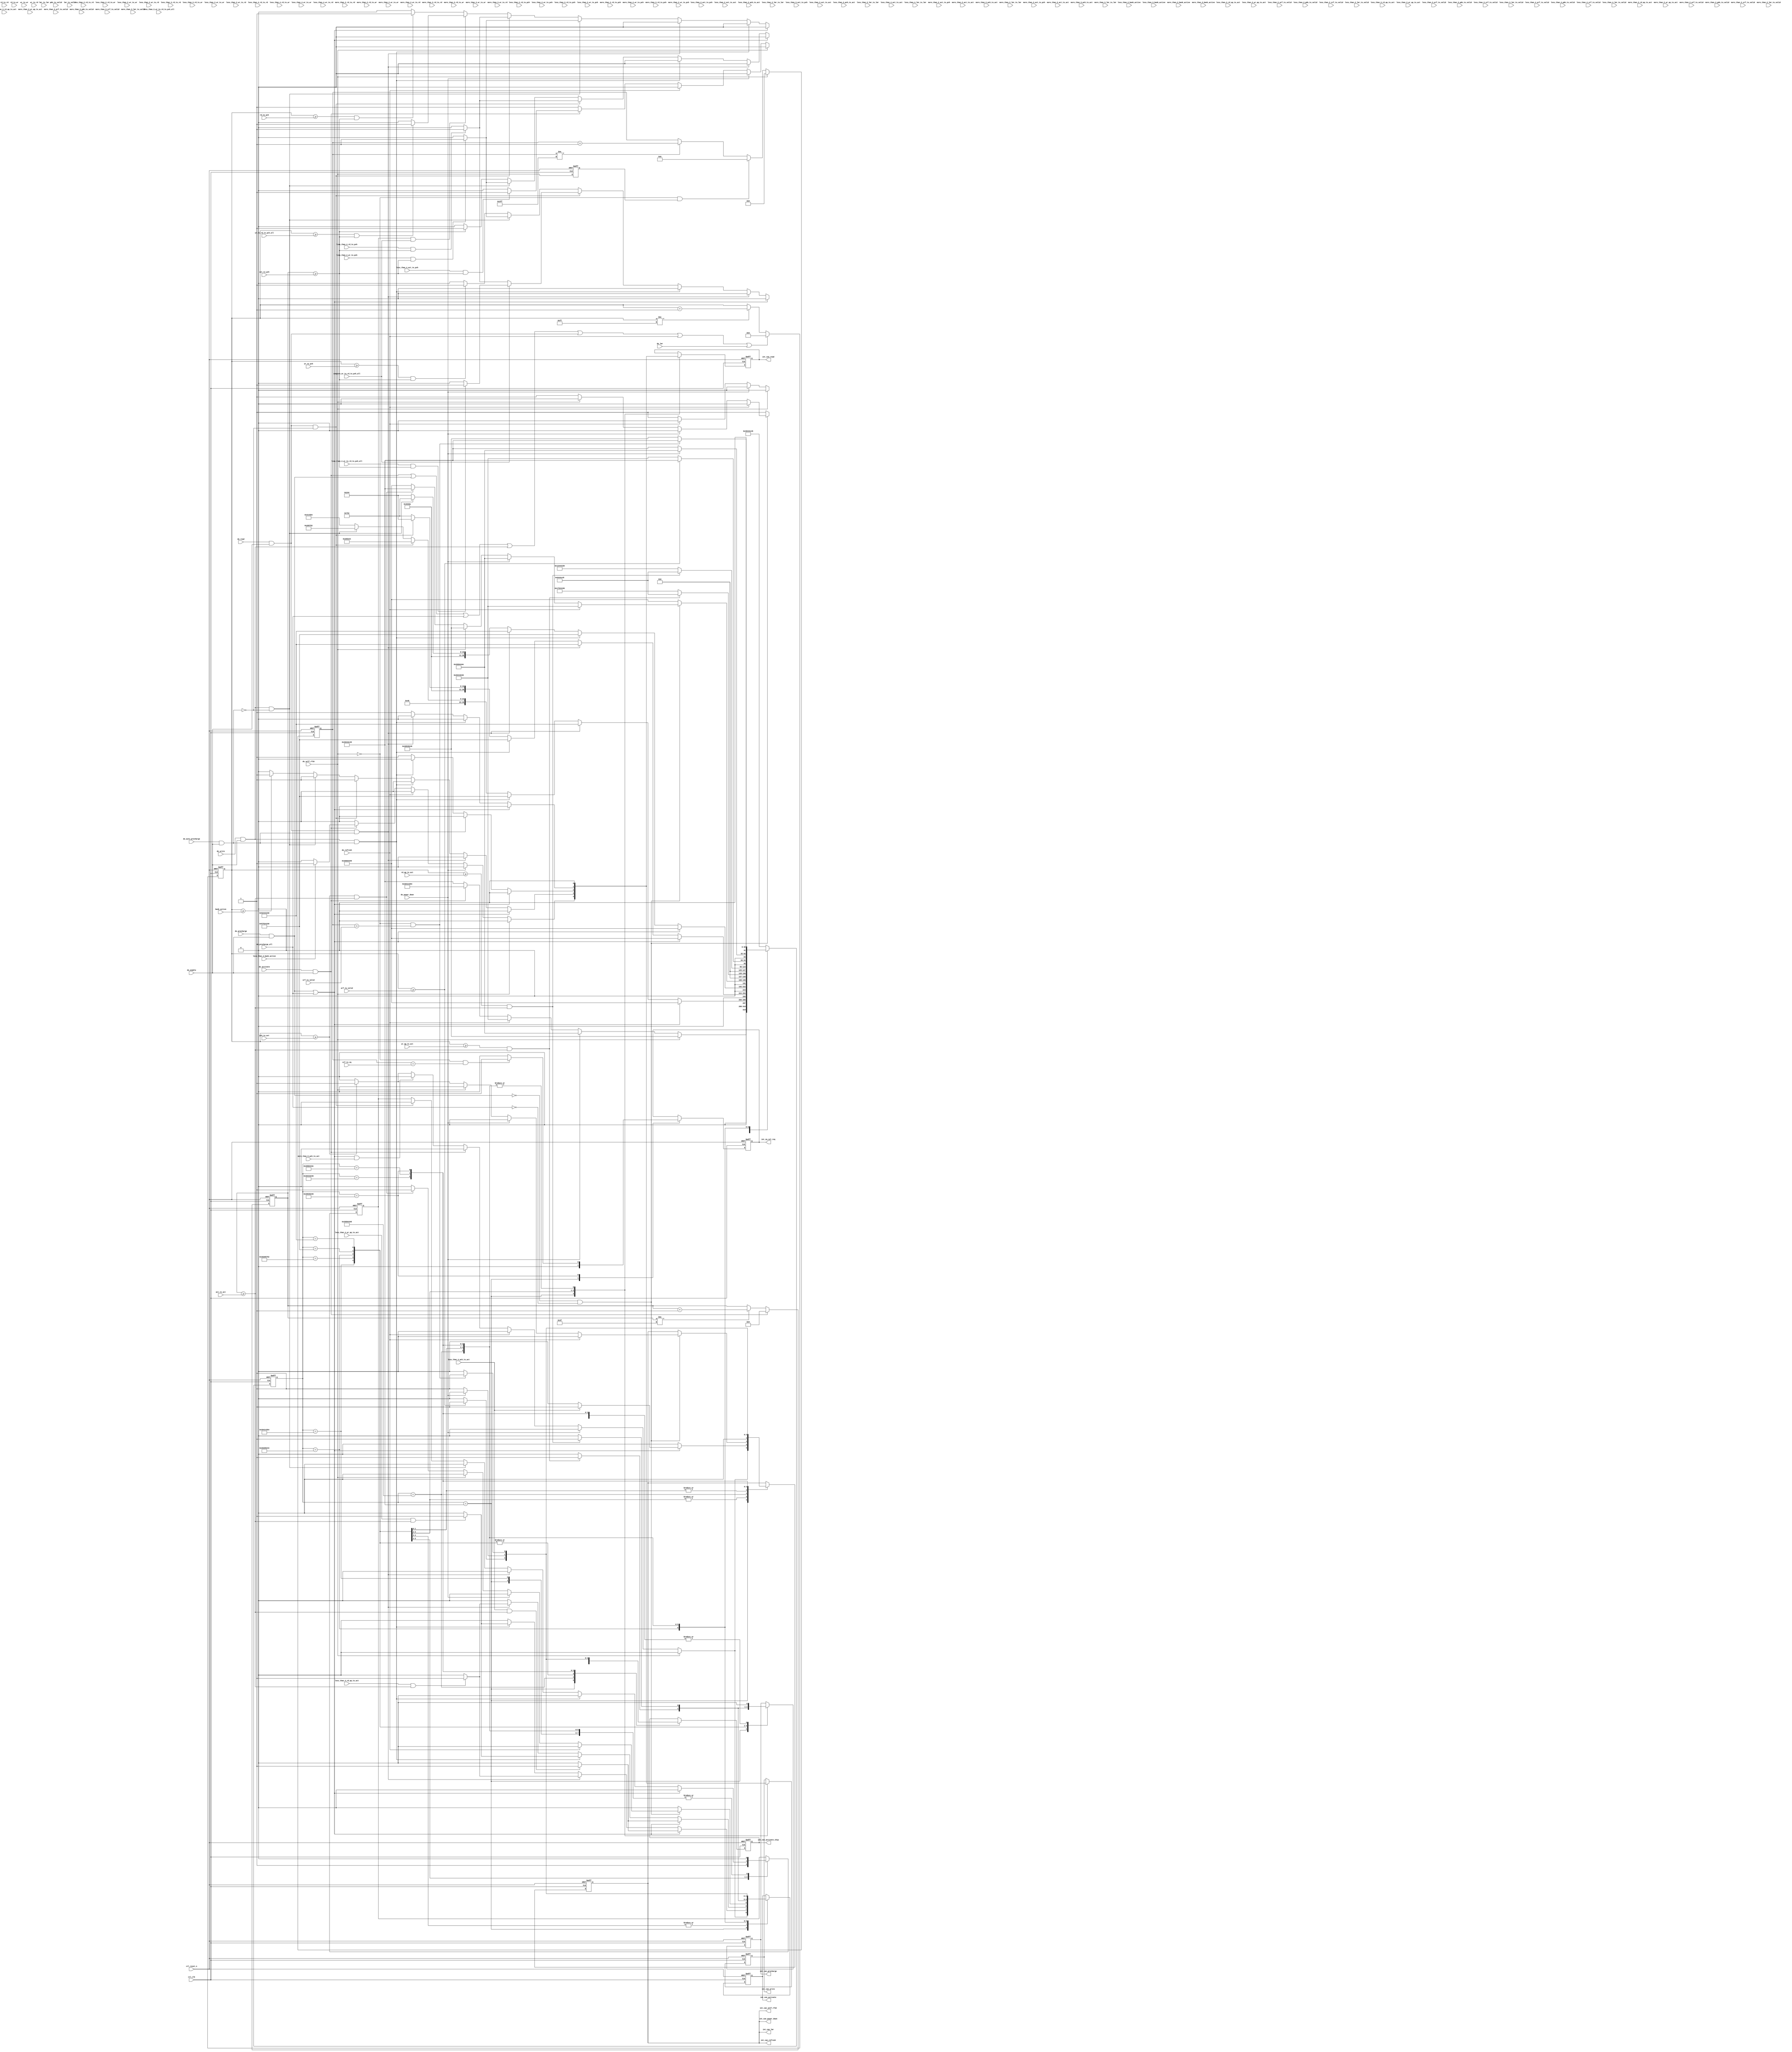
//Legal Notice: (C)2009 Altera Corporation. All rights reserved.  Your
//use of Altera Corporation's design tools, logic functions and other
//software and tools, and its AMPP partner logic functions, and any
//output files any of the foregoing (including device programming or
//simulation files), and any associated documentation or information are
//expressly subject to the terms and conditions of the Altera Program
//License Subscription Agreement or other applicable license agreement,
//including, without limitation, that your use is for the sole purpose
//of programming logic devices manufactured by Altera and sold by Altera
//or its authorized distributors.  Please refer to the applicable
//agreement for further details.

///////////////////////////////////////////////////////////////////////////////
// Title         : DDR controller Timer FSM
//
//
// Abstract      : Keep track of bank specific DDR timing information
///////////////////////////////////////////////////////////////////////////////

`timescale 1 ps / 1 ps
module alt_ddrx_timers_fsm #
    ( parameter
        BANK_ACTIVATE_WIDTH        = 10,
        ACT_TO_PCH_WIDTH           = 10,
        ACT_TO_ACT_WIDTH           = 10,
        RD_TO_RD_WIDTH             = 10,
        RD_TO_WR_WIDTH             = 10,
        RD_TO_PCH_WIDTH            = 10,
        WR_TO_WR_WIDTH             = 10,
        WR_TO_RD_WIDTH             = 10,
        WR_TO_PCH_WIDTH            = 10,
        PCH_TO_ACT_WIDTH           = 10,
        RD_AP_TO_ACT_WIDTH         = 10,
        WR_AP_TO_ACT_WIDTH         = 10,
        ARF_TO_VALID_WIDTH         = 10,
        PDN_TO_VALID_WIDTH         = 10,
        SRF_TO_VALID_WIDTH         = 10,
        LMR_TO_LMR_WIDTH           = 10,
        LMR_TO_VALID_WIDTH         = 10
    )
    (
        // inputs
        ctl_clk,
        ctl_reset_n,
        
        do_write,
        do_read,
        do_activate,
        do_precharge,
        do_auto_precharge,
        do_precharge_all,
        do_refresh,
        do_power_down,
        do_self_rfsh,
        do_lmr,
        
        do_enable,
        
        bank_active,
        act_to_pch,
        act_to_act,
        rd_to_rd,
        rd_to_wr,
        rd_to_pch,
        wr_to_wr,
        wr_to_rd,
        wr_to_pch,
        wr_to_rd_to_pch_all,
        pch_to_act,
        rd_ap_to_act,
        wr_ap_to_act,
        arf_to_valid,
        pdn_to_valid,
        srf_to_valid,
        srf_to_zq,
        lmr_to_lmr,
        lmr_to_valid,
        
        less_than_2_bank_active,
        less_than_2_act_to_pch,
        less_than_2_act_to_act,
        less_than_2_rd_to_rd,
        less_than_2_rd_to_wr,
        less_than_2_rd_to_pch,
        less_than_2_wr_to_wr,
        less_than_2_wr_to_rd,
        less_than_2_wr_to_pch,
        less_than_2_pch_to_act,
        less_than_2_rd_ap_to_act,
        less_than_2_wr_ap_to_act,
        less_than_2_arf_to_valid,
        less_than_2_pdn_to_valid,
        less_than_2_srf_to_valid,
        less_than_2_lmr_to_lmr,
        less_than_2_lmr_to_valid,
        
        less_than_3_bank_active,
        less_than_3_act_to_pch,
        less_than_3_act_to_act,
        less_than_3_rd_to_rd,
        less_than_3_rd_to_wr,
        less_than_3_rd_to_pch,
        less_than_3_wr_to_wr,
        less_than_3_wr_to_rd,
        less_than_3_wr_to_pch,
        less_than_3_wr_to_rd_to_pch_all,
        less_than_3_pch_to_act,
        less_than_3_rd_ap_to_act,
        less_than_3_wr_ap_to_act,
        less_than_3_arf_to_valid,
        less_than_3_pdn_to_valid,
        less_than_3_srf_to_valid,
        less_than_3_lmr_to_lmr,
        less_than_3_lmr_to_valid,
        
        less_than_4_bank_active,
        less_than_4_act_to_pch,
        less_than_4_act_to_act,
        less_than_4_rd_to_rd,
        less_than_4_rd_to_wr,
        less_than_4_rd_to_pch,
        less_than_4_wr_to_wr,
        less_than_4_wr_to_rd,
        less_than_4_wr_to_pch,
        less_than_4_wr_to_rd_to_pch_all,
        less_than_4_pch_to_act,
        less_than_4_rd_ap_to_act,
        less_than_4_wr_ap_to_act,
        less_than_4_arf_to_valid,
        less_than_4_pdn_to_valid,
        less_than_4_srf_to_valid,
        less_than_4_lmr_to_lmr,
        less_than_4_lmr_to_valid,
        
        more_than_2_bank_active,
        more_than_2_act_to_pch,
        more_than_2_act_to_act,
        more_than_2_rd_to_rd,
        more_than_2_rd_to_wr,
        more_than_2_rd_to_pch,
        more_than_2_wr_to_wr,
        more_than_2_wr_to_rd,
        more_than_2_wr_to_pch,
        more_than_2_pch_to_act,
        more_than_2_rd_ap_to_act,
        more_than_2_wr_ap_to_act,
        more_than_2_arf_to_valid,
        more_than_2_pdn_to_valid,
        more_than_2_srf_to_valid,
        more_than_2_lmr_to_lmr,
        more_than_2_lmr_to_valid,
        
        more_than_3_bank_active,
        more_than_3_act_to_pch,
        more_than_3_act_to_act,
        more_than_3_rd_to_rd,
        more_than_3_rd_to_wr,
        more_than_3_rd_to_pch,
        more_than_3_wr_to_wr,
        more_than_3_wr_to_rd,
        more_than_3_wr_to_pch,
        more_than_3_pch_to_act,
        more_than_3_rd_ap_to_act,
        more_than_3_wr_ap_to_act,
        more_than_3_arf_to_valid,
        more_than_3_pdn_to_valid,
        more_than_3_srf_to_valid,
        more_than_3_lmr_to_lmr,
        more_than_3_lmr_to_valid,
        
        more_than_5_pch_to_act,
        
        compare_wr_to_rd_to_pch_all,
        
        // outputs
        int_can_activate,
        int_can_activate_chip,
        int_can_precharge,
        int_can_read,
        int_can_write,
        int_can_refresh,
        int_can_power_down,
        int_can_self_rfsh,
        int_can_lmr,
        int_zq_cal_req
    );

input ctl_clk;
input ctl_reset_n;

input do_write;
input do_read;
input do_activate;
input do_precharge;
input do_auto_precharge;
input do_precharge_all;
input do_refresh;
input do_power_down;
input do_self_rfsh;
input do_lmr;

input do_enable;

input [BANK_ACTIVATE_WIDTH - 1 : 0] bank_active;
input [ACT_TO_PCH_WIDTH    - 1 : 0] act_to_pch;
input [ACT_TO_ACT_WIDTH    - 1 : 0] act_to_act;
input [RD_TO_RD_WIDTH      - 1 : 0] rd_to_rd;
input [RD_TO_WR_WIDTH      - 1 : 0] rd_to_wr;
input [RD_TO_PCH_WIDTH     - 1 : 0] rd_to_pch;
input [WR_TO_WR_WIDTH      - 1 : 0] wr_to_wr;
input [WR_TO_RD_WIDTH      - 1 : 0] wr_to_rd;
input [WR_TO_PCH_WIDTH     - 1 : 0] wr_to_pch;
input [WR_TO_PCH_WIDTH     - 1 : 0] wr_to_rd_to_pch_all;
input [PCH_TO_ACT_WIDTH    - 1 : 0] pch_to_act;
input [RD_AP_TO_ACT_WIDTH  - 1 : 0] rd_ap_to_act;
input [WR_AP_TO_ACT_WIDTH  - 1 : 0] wr_ap_to_act;
input [ARF_TO_VALID_WIDTH  - 1 : 0] arf_to_valid;
input [PDN_TO_VALID_WIDTH  - 1 : 0] pdn_to_valid;
input [SRF_TO_VALID_WIDTH  - 1 : 0] srf_to_valid;
input [SRF_TO_VALID_WIDTH  - 1 : 0] srf_to_zq;
input [LMR_TO_LMR_WIDTH    - 1 : 0] lmr_to_lmr;
input [LMR_TO_VALID_WIDTH  - 1 : 0] lmr_to_valid;

input less_than_2_bank_active;
input less_than_2_act_to_pch;
input less_than_2_act_to_act;
input less_than_2_rd_to_rd;
input less_than_2_rd_to_wr;
input less_than_2_rd_to_pch;
input less_than_2_wr_to_wr;
input less_than_2_wr_to_rd;
input less_than_2_wr_to_pch;
input less_than_2_pch_to_act;
input less_than_2_rd_ap_to_act;
input less_than_2_wr_ap_to_act;
input less_than_2_arf_to_valid;
input less_than_2_pdn_to_valid;
input less_than_2_srf_to_valid;
input less_than_2_lmr_to_lmr;
input less_than_2_lmr_to_valid;

input less_than_3_bank_active;
input less_than_3_act_to_pch;
input less_than_3_act_to_act;
input less_than_3_rd_to_rd;
input less_than_3_rd_to_wr;
input less_than_3_rd_to_pch;
input less_than_3_wr_to_wr;
input less_than_3_wr_to_rd;
input less_than_3_wr_to_pch;
input less_than_3_wr_to_rd_to_pch_all;
input less_than_3_pch_to_act;
input less_than_3_rd_ap_to_act;
input less_than_3_wr_ap_to_act;
input less_than_3_arf_to_valid;
input less_than_3_pdn_to_valid;
input less_than_3_srf_to_valid;
input less_than_3_lmr_to_lmr;
input less_than_3_lmr_to_valid;

input less_than_4_bank_active;
input less_than_4_act_to_pch;
input less_than_4_act_to_act;
input less_than_4_rd_to_rd;
input less_than_4_rd_to_wr;
input less_than_4_rd_to_pch;
input less_than_4_wr_to_wr;
input less_than_4_wr_to_rd;
input less_than_4_wr_to_pch;
input less_than_4_wr_to_rd_to_pch_all;
input less_than_4_pch_to_act;
input less_than_4_rd_ap_to_act;
input less_than_4_wr_ap_to_act;
input less_than_4_arf_to_valid;
input less_than_4_pdn_to_valid;
input less_than_4_srf_to_valid;
input less_than_4_lmr_to_lmr;
input less_than_4_lmr_to_valid;

input more_than_2_bank_active;
input more_than_2_act_to_pch;
input more_than_2_act_to_act;
input more_than_2_rd_to_rd;
input more_than_2_rd_to_wr;
input more_than_2_rd_to_pch;
input more_than_2_wr_to_wr;
input more_than_2_wr_to_rd;
input more_than_2_wr_to_pch;
input more_than_2_pch_to_act;
input more_than_2_rd_ap_to_act;
input more_than_2_wr_ap_to_act;
input more_than_2_arf_to_valid;
input more_than_2_pdn_to_valid;
input more_than_2_srf_to_valid;
input more_than_2_lmr_to_lmr;
input more_than_2_lmr_to_valid;

input more_than_3_bank_active;
input more_than_3_act_to_pch;
input more_than_3_act_to_act;
input more_than_3_rd_to_rd;
input more_than_3_rd_to_wr;
input more_than_3_rd_to_pch;
input more_than_3_wr_to_wr;
input more_than_3_wr_to_rd;
input more_than_3_wr_to_pch;
input more_than_3_pch_to_act;
input more_than_3_rd_ap_to_act;
input more_than_3_wr_ap_to_act;
input more_than_3_arf_to_valid;
input more_than_3_pdn_to_valid;
input more_than_3_srf_to_valid;
input more_than_3_lmr_to_lmr;
input more_than_3_lmr_to_valid;

input more_than_5_pch_to_act;

input compare_wr_to_rd_to_pch_all;

output int_can_activate;
output int_can_activate_chip;
output int_can_precharge;
output int_can_read;
output int_can_write;
output int_can_refresh;
output int_can_power_down;
output int_can_self_rfsh;
output int_can_lmr;
output int_zq_cal_req;

localparam IDLE  = 32'h49444C45;
localparam ACT   = 32'h20414354;
localparam WR    = 32'h20205752;
localparam RD    = 32'h20205244;
localparam WRAP  = 32'h57524150;
localparam RDAP  = 32'h52444150;
localparam PCH   = 32'h20504348;
localparam ARF   = 32'h20415246;
localparam PDN   = 32'h2050444E;
localparam SRF   = 32'h20535246;
localparam LMR   = 32'h204C4D52;

localparam GENERAL_COUNTER_BIT = 8;   // 1-140? (ARF)
localparam TRC_COUNTER_BIT     = 6;   // 8-40
localparam TRAS_COUNTER_BIT    = 5;   // 4-29
localparam EXIT_COUNTER_BIT    = 10;  // 512/200 (DDR3/2)

reg [31 : 0] state;
//reg [31 : 0] prev_state;

reg did_write;

reg int_do_write;
reg int_do_read;
reg int_do_activate;
reg int_do_precharge;
reg int_do_auto_precharge;
reg int_do_precharge_all;
reg int_do_refresh;
reg int_do_power_down;
reg int_do_self_rfsh;
reg int_do_lmr;

reg int_can_activate;
reg int_can_precharge;
reg int_can_read;
reg int_can_write;
reg int_can_refresh;
reg int_can_power_down;
reg int_can_self_rfsh;
reg int_can_lmr;
reg int_zq_cal_req;

reg int_do_self_rfsh_r1;

reg [GENERAL_COUNTER_BIT - 1 : 0] cnt;
reg [TRC_COUNTER_BIT - 1 : 0]     trc_cnt;
reg [TRAS_COUNTER_BIT - 1 : 0]    tras_cnt;
reg [EXIT_COUNTER_BIT - 1 : 0]    exit_cnt;

reg read_ok;
reg write_ok;
reg activate_ok;
reg precharge_ok;
reg chip_request_ok;
reg chip_activate_ok;
reg zq_cal_req;

wire int_can_activate_chip = chip_activate_ok;

always @ (*)
begin
    int_do_write          = do_write          & do_enable ;
    int_do_read           = do_read           & do_enable ;
    int_do_activate       = do_activate       & do_enable ;
    int_do_precharge      = do_precharge      & do_enable ;
    int_do_auto_precharge = do_auto_precharge & do_enable ;
    int_do_precharge_all  = do_precharge_all              ;
    int_do_refresh        = do_refresh                    ;
    int_do_power_down     = do_power_down                 ;
    int_do_self_rfsh      = do_self_rfsh                  ;
    int_do_lmr            = do_lmr                        ;
end

always @ (*)
begin
    int_can_activate    = activate_ok;
    int_can_precharge   = precharge_ok;
    int_can_write       = write_ok;
    int_can_read        = read_ok;
    int_can_refresh     = chip_request_ok;
    int_can_self_rfsh   = chip_request_ok;
    int_can_power_down  = chip_request_ok;
    int_can_lmr         = chip_request_ok;
    int_zq_cal_req      = zq_cal_req;
end

// int_do_self_rfsh register
always @ (posedge ctl_clk or negedge ctl_reset_n)
begin
    if (!ctl_reset_n)
    begin
        int_do_self_rfsh_r1 <= 1'b0;
    end
    else
    begin
        int_do_self_rfsh_r1 <= int_do_self_rfsh;
    end
end

/*------------------------------------------------------------------------------
    Counter
------------------------------------------------------------------------------*/

// General counter
always @ (posedge ctl_clk or negedge ctl_reset_n)
begin
    if (!ctl_reset_n)
    begin
        cnt <= 0;
    end
    else
    begin
        if (int_do_activate || int_do_precharge || int_do_precharge_all || int_do_write || int_do_read || int_do_refresh || int_do_lmr)
            //cnt <= 4;
            cnt <= 5;
        else if (cnt != {GENERAL_COUNTER_BIT{1'b1}})
            cnt <= cnt + 1'b1;
    end
end

// tRC counter
always @ (posedge ctl_clk or negedge ctl_reset_n)
begin
    if (!ctl_reset_n)
    begin
        trc_cnt <= 0;
    end
    else
    begin
        if (int_do_activate)
            //trc_cnt <= 4;
            trc_cnt <= 5;
        else if (trc_cnt != {TRC_COUNTER_BIT{1'b1}})
            trc_cnt <= trc_cnt + 1'b1;
    end
end

// Exit counter used for self refresh
always @ (posedge ctl_clk or negedge ctl_reset_n)
begin
    if (!ctl_reset_n)
    begin
        exit_cnt <= 0;
    end
    else
    begin
        if (int_do_self_rfsh)
            exit_cnt <= 0;
        else if (!int_do_self_rfsh && int_do_self_rfsh_r1)
            //exit_cnt <= 5;
            exit_cnt <= 6;
        else if (exit_cnt != {EXIT_COUNTER_BIT{1'b1}})
            exit_cnt <= exit_cnt + 1'b1;
    end
end

/*------------------------------------------------------------------------------
    State Machine
------------------------------------------------------------------------------*/

// Banks state machine
always @ (posedge ctl_clk or negedge ctl_reset_n)
begin
    if (!ctl_reset_n)
    begin
        state            <= IDLE;
        //prev_state       <= IDLE; // to keep track of previous state
        activate_ok      <= 1'b0;
        precharge_ok     <= 1'b0;
        read_ok          <= 1'b0;
        write_ok         <= 1'b0;
        chip_request_ok  <= 1'b0;
        
        // this signal is used to mask off other per bank activate signals in this current chip
        // because only the first bank of each chip is used to keep track of refresh and power down state
        chip_activate_ok <= 1'b1;
        
        zq_cal_req       <= 1'b0;
        
        // this signal is used to keep track of previous write
        // required because of write to read to precharge violation
        // when write to precharge timing is larger than sum of
        // write to read, read to precharge and precharge to valid delay
        did_write        <= 1'b0;
    end
    else
    begin
        case (state)
            IDLE :
                begin
                    state            <= IDLE;
                    precharge_ok     <= 1'b1;
                    read_ok          <= 1'b0;
                    write_ok         <= 1'b0;
                    chip_activate_ok <= 1'b1;
                    
                    zq_cal_req       <= 1'b0;
                    
                    did_write        <= 1'b0;
                    
                    // tRP timing cause by precharge and precharge all in IDLE state
                    // counter will reset when there is a precharge all in IDLE state
                    // set more than 3 because of tRPA in DDR2
                    //if (int_do_precharge_all && more_than_3_pch_to_act)
                    if ((int_do_precharge || int_do_precharge_all) && more_than_5_pch_to_act)
                    begin
                        activate_ok     <= 1'b0;
                        chip_request_ok <= 1'b0;
                    end
                    else if (cnt >= pch_to_act)
                    begin
                        activate_ok     <= 1'b1;
                        chip_request_ok <= 1'b1;
                    end
                    else
                    begin
                        activate_ok     <= 1'b0;
                        chip_request_ok <= 1'b0;
                    end
                    
                    if (int_do_activate)
                    begin
                        state            <= ACT;
                        //prev_state       <= IDLE;
                        activate_ok      <= 1'b0;
                        chip_request_ok  <= 1'b0;
                        chip_activate_ok <= 1'b1;
                        
                        //if (less_than_3_act_to_pch  && trc_cnt >= act_to_pch)
                        if (less_than_4_act_to_pch  && trc_cnt >= act_to_pch)
                            precharge_ok <= 1'b1;
                        else
                            precharge_ok <= 1'b0;
                        
                        //if (less_than_3_bank_active)
                        if (less_than_4_bank_active)
                        begin
                            read_ok  <= 1'b1;
                            write_ok <= 1'b1;
                        end
                        else
                        begin
                            read_ok  <= 1'b0;
                            write_ok <= 1'b0;
                        end
                    end
                    
                    if (int_do_refresh)
                    begin
                        state            <= ARF;
                        //prev_state       <= IDLE;
                        activate_ok      <= 1'b0;
                        precharge_ok     <= 1'b0;
                        read_ok          <= 1'b0;
                        write_ok         <= 1'b0;
                        chip_activate_ok <= 1'b0;
                        
                        chip_request_ok <= 1'b0; // just set to zero because we won't do back-to-back refreshes
                    end
                    
                    if (int_do_power_down)
                    begin
                        state            <= PDN;
                        //prev_state       <= IDLE;
                        activate_ok      <= 1'b0;
                        precharge_ok     <= 1'b0;
                        read_ok          <= 1'b0;
                        write_ok         <= 1'b0;
                        chip_request_ok  <= 1'b0; // just set to zero because we won't do back-to-back power down entry
                        chip_activate_ok <= 1'b0;
                    end
                    
                    if (int_do_self_rfsh)
                    begin
                        state            <= SRF;
                        //prev_state       <= IDLE;
                        activate_ok      <= 1'b0;
                        precharge_ok     <= 1'b0;
                        read_ok          <= 1'b0;
                        write_ok         <= 1'b0;
                        chip_request_ok  <= 1'b0; // just set to zero because we won't do back-to-back self refresh entry
                        chip_activate_ok <= 1'b0;
                    end
                    
                    //if (int_do_lmr)
                    //begin
                    //    state <= LMR;
                    //    prev_state <= IDLE;
                    //    activate_ok  <= 1'b0;
                    //    precharge_ok <= 1'b0;
                    //    read_ok  <= 1'b0;
                    //    write_ok <= 1'b0;
                    //    chip_activate_ok <= 1'b0;
                    //    
                    //    chip_request_ok <= 1'b0; // just set to zero because we won't do back-to-back lmr (maybe?)
                    //end
                end
            ACT :
                begin
                    state            <= ACT;
                    chip_request_ok  <= 1'b0;
                    chip_activate_ok <= 1'b1;
                    activate_ok      <= 1'b0;
                    
                    did_write        <= 1'b0;
                    
                    if (trc_cnt >= act_to_pch)
                        precharge_ok <= 1'b1;
                    else
                        precharge_ok <= 1'b0;
                    
                    if (cnt >= bank_active)
                    begin
                        read_ok  <= 1'b1;
                        write_ok <= 1'b1;
                    end
                    else
                    begin
                        read_ok  <= 1'b0;
                        write_ok <= 1'b0;
                    end
                    
                    if (int_do_activate)
                    begin
                        $write($time);
                        $write(" DDRX Timer Warning: Back to back activate to the same bank detected\n");
                    end
                    
                    if (int_do_write && !int_do_auto_precharge)
                    begin
                        state        <= WR;
                        //prev_state   <= ACT;
                        activate_ok  <= 1'b0;
                        precharge_ok <= 1'b0;
                        read_ok      <= 1'b1;
                        write_ok     <= 1'b1;
                        
                        //if (less_than_3_wr_to_pch && trc_cnt >= act_to_pch)
                        if (less_than_4_wr_to_pch && trc_cnt >= act_to_pch)
                            precharge_ok <= 1'b1;
                        else
                            precharge_ok <= 1'b0;
                    end
                    
                    if (int_do_read && !int_do_auto_precharge)
                    begin
                        state       <= RD;
                        //prev_state  <= ACT;
                        activate_ok <= 1'b0;
                        read_ok     <= 1'b1;
                        write_ok    <= 1'b1;
                        
                        //if (less_than_3_rd_to_pch && trc_cnt >= act_to_pch)
                        if (less_than_4_rd_to_pch && trc_cnt >= act_to_pch)
                            precharge_ok <= 1'b1;
                        else
                            precharge_ok <= 1'b0;
                    end
                    
                    if (int_do_write && int_do_auto_precharge)
                    begin
                        state        <= WRAP;
                        //prev_state   <= ACT;
                        activate_ok  <= 1'b0;
                        precharge_ok <= 1'b0;
                        read_ok      <= 1'b0;
                        write_ok     <= 1'b0;
                        
                        //if (less_than_3_wr_ap_to_act && trc_cnt >= act_to_act)
                        if (less_than_4_wr_ap_to_act && trc_cnt >= act_to_act)
                            activate_ok  <= 1'b1;
                        else
                            activate_ok  <= 1'b0;
                    end
                    
                    if (int_do_read && int_do_auto_precharge)
                    begin
                        state        <= RDAP;
                        //prev_state   <= ACT;
                        precharge_ok <= 1'b0;
                        read_ok      <= 1'b0;
                        write_ok     <= 1'b0;
                        
                        //if (less_than_3_rd_ap_to_act && trc_cnt >= act_to_act)
                        if (less_than_4_rd_ap_to_act && trc_cnt >= act_to_act)
                            activate_ok  <= 1'b1;
                        else
                            activate_ok  <= 1'b0;
                    end
                    
                    if (int_do_precharge || int_do_precharge_all)
                    begin
                        state        <= PCH;
                        //prev_state   <= ACT;
                        precharge_ok <= 1'b0;
                        read_ok      <= 1'b0;
                        write_ok     <= 1'b0;
                        
                        //if (less_than_3_pch_to_act && trc_cnt >= act_to_act)
                        if (less_than_4_pch_to_act && trc_cnt >= act_to_act)
                            activate_ok  <= 1'b1;
                        else
                            activate_ok  <= 1'b0;
                        
                        //if (less_than_3_pch_to_act) // do not check for trc counter because this is used for pdn, arf, srf and lmr
                        if (less_than_4_pch_to_act) // do not check for trc counter because this is used for pdn, arf, srf and lmr
                            chip_request_ok <= 1'b1;
                        else
                            chip_request_ok <= 1'b0;
                    end
                end
            WR :
                begin
                    state            <= WR;
                    chip_request_ok  <= 1'b0;
                    chip_activate_ok <= 1'b1;
                    activate_ok      <= 1'b0;
                    read_ok          <= 1'b1;
                    write_ok         <= 1'b1;
                    
                    did_write        <= 1'b1;
                    
                    if (cnt >= wr_to_pch && trc_cnt >= act_to_pch)
                        precharge_ok <= 1'b1;
                    else
                        precharge_ok <= 1'b0;
                    
                    if (int_do_write && !int_do_auto_precharge)
                    begin
                        state        <= WR;
                        //prev_state   <= WR;
                        activate_ok  <= 1'b0;
                        precharge_ok <= 1'b0;
                        read_ok      <= 1'b1;
                        write_ok     <= 1'b1;
                        
                        //if (less_than_3_wr_to_pch && trc_cnt >= act_to_pch)
                        if (less_than_4_wr_to_pch && trc_cnt >= act_to_pch)
                            precharge_ok <= 1'b1;
                        else
                            precharge_ok <= 1'b0;
                    end
                    
                    if (int_do_read && !int_do_auto_precharge)
                    begin
                        state        <= RD;
                        //prev_state   <= WR;
                        activate_ok  <= 1'b0;
                        read_ok      <= 1'b1;
                        write_ok     <= 1'b1;
                        
                        // fix for wr - rd - precharge all when tWR is set to a larger value
                        // eg: if tWR is set to 12 and tRP and tWTR is set to 4, read to precharge all happen to soon thus causing timing violation
                        if (compare_wr_to_rd_to_pch_all) // only do this when the wr_to_rd_to_pch_all value is larger than rd_to_pch
                        begin
                            //if (less_than_3_wr_to_rd_to_pch_all && trc_cnt >= act_to_pch)
                            if (less_than_4_wr_to_rd_to_pch_all && trc_cnt >= act_to_pch)
                                precharge_ok <= 1'b1;
                            else
                                precharge_ok <= 1'b0;
                        end
                        else
                        begin
                            //if (less_than_3_rd_to_pch && trc_cnt >= act_to_pch)
                            if (less_than_4_rd_to_pch && trc_cnt >= act_to_pch)
                                precharge_ok <= 1'b1;
                            else
                                precharge_ok <= 1'b0;
                        end
                    end
                    
                    if (int_do_write && int_do_auto_precharge)
                    begin
                        state        <= WRAP;
                        //prev_state   <= WR;
                        activate_ok  <= 1'b0;
                        precharge_ok <= 1'b0;
                        read_ok      <= 1'b0;
                        write_ok     <= 1'b0;
                        
                        //if (less_than_3_wr_ap_to_act && trc_cnt >= act_to_act)
                        if (less_than_4_wr_ap_to_act && trc_cnt >= act_to_act)
                            activate_ok  <= 1'b1;
                        else
                            activate_ok  <= 1'b0;
                    end
                    
                    if (int_do_read && int_do_auto_precharge)
                    begin
                        state        <= RDAP;
                        //prev_state   <= WR;
                        precharge_ok <= 1'b0;
                        read_ok      <= 1'b0;
                        write_ok     <= 1'b0;
                        
                        //if (less_than_3_rd_ap_to_act && trc_cnt >= act_to_act)
                        if (less_than_4_rd_ap_to_act && trc_cnt >= act_to_act)
                            activate_ok  <= 1'b1;
                        else
                            activate_ok  <= 1'b0;
                    end
                    
                    if (int_do_precharge || int_do_precharge_all)
                    begin
                        state        <= PCH;
                        //prev_state   <= WR;
                        precharge_ok <= 1'b0;
                        read_ok      <= 1'b0;
                        write_ok     <= 1'b0;
                        
                        //if (less_than_3_pch_to_act && trc_cnt >= act_to_act)
                        if (less_than_4_pch_to_act && trc_cnt >= act_to_act)
                            activate_ok  <= 1'b1;
                        else
                            activate_ok  <= 1'b0;
                        
                        //if (less_than_3_pch_to_act) // do not check for trc counter because this is used for pdn, arf, srf and lmr
                        if (less_than_4_pch_to_act) // do not check for trc counter because this is used for pdn, arf, srf and lmr
                            chip_request_ok <= 1'b1;
                        else
                            chip_request_ok <= 1'b0;
                    end
                end
            RD :
                begin
                    state            <= RD;
                    chip_request_ok  <= 1'b0;
                    chip_activate_ok <= 1'b1;
                    activate_ok      <= 1'b0;
                    read_ok          <= 1'b1;
                    write_ok         <= 1'b1;
                    
                    // fix for wr - rd - precharge all when tWR is set to a larger value
                    // eg: if tWR is set to 12 and tRP and tWTR is set to 4, read to precharge all happen to soon thus causing timing violation
                    //if (prev_state == WR && compare_wr_to_rd_to_pch_all) // only do this when the wr_to_rd_to_pch_all value is larger than rd_to_pch
                    if (did_write && compare_wr_to_rd_to_pch_all) // only do this when the wr_to_rd_to_pch_all value is larger than rd_to_pch
                    begin
                        if (cnt >= wr_to_rd_to_pch_all && trc_cnt >= act_to_pch)
                            precharge_ok <= 1'b1;
                        else
                            precharge_ok <= 1'b0;
                    end
                    else
                    begin
                        if (cnt >= rd_to_pch && trc_cnt >= act_to_pch)
                            precharge_ok <= 1'b1;
                        else
                            precharge_ok <= 1'b0;
                    end
                    
                    if (int_do_read && !int_do_auto_precharge)
                    begin
                        state        <= RD;
                        //prev_state   <= RD;
                        activate_ok  <= 1'b0;
                        read_ok      <= 1'b1;
                        write_ok     <= 1'b1;
                        
                        did_write    <= 1'b0;
                        
                        //if (less_than_3_rd_to_pch && trc_cnt >= act_to_pch)
                        if (less_than_4_rd_to_pch && trc_cnt >= act_to_pch)
                            precharge_ok <= 1'b1;
                        else
                            precharge_ok <= 1'b0;
                    end
                    
                    if (int_do_write && !int_do_auto_precharge)
                    begin
                        state        <= WR;
                        //prev_state   <= RD;
                        activate_ok  <= 1'b0;
                        precharge_ok <= 1'b0;
                        read_ok      <= 1'b1;
                        write_ok     <= 1'b1;
                        
                        did_write    <= 1'b0;
                        
                        //if (less_than_3_wr_to_pch && trc_cnt >= act_to_pch)
                        if (less_than_4_wr_to_pch && trc_cnt >= act_to_pch)
                            precharge_ok <= 1'b1;
                        else
                            precharge_ok <= 1'b0;
                    end
                    
                    if (int_do_read && int_do_auto_precharge)
                    begin
                        state        <= RDAP;
                        //prev_state   <= RD;
                        precharge_ok <= 1'b0;
                        read_ok      <= 1'b0;
                        write_ok     <= 1'b0;
                        
                        did_write    <= 1'b0;
                        
                        //if (less_than_3_rd_ap_to_act && trc_cnt >= act_to_act)
                        if (less_than_4_rd_ap_to_act && trc_cnt >= act_to_act)
                            activate_ok  <= 1'b1;
                        else
                            activate_ok  <= 1'b0;
                    end
                    
                    if (int_do_write && int_do_auto_precharge)
                    begin
                        state        <= WRAP;
                        //prev_state   <= RD;
                        activate_ok  <= 1'b0;
                        precharge_ok <= 1'b0;
                        read_ok      <= 1'b0;
                        write_ok     <= 1'b0;
                        
                        did_write    <= 1'b0;
                        
                        //if (less_than_3_wr_ap_to_act && trc_cnt >= act_to_act)
                        if (less_than_4_wr_ap_to_act && trc_cnt >= act_to_act)
                            activate_ok  <= 1'b1;
                        else
                            activate_ok  <= 1'b0;
                    end
                    
                    if (int_do_precharge || int_do_precharge_all)
                    begin
                        state        <= PCH;
                        //prev_state   <= RD;
                        precharge_ok <= 1'b0;
                        read_ok      <= 1'b0;
                        write_ok     <= 1'b0;
                        
                        did_write    <= 1'b0;
                        
                        //if (less_than_3_pch_to_act && trc_cnt >= act_to_act)
                        if (less_than_4_pch_to_act && trc_cnt >= act_to_act)
                            activate_ok  <= 1'b1;
                        else
                            activate_ok  <= 1'b0;
                        
                        //if (less_than_3_pch_to_act) // do not check for trc counter because this is used for pdn, arf, srf and lmr
                        if (less_than_4_pch_to_act) // do not check for trc counter because this is used for pdn, arf, srf and lmr
                            chip_request_ok <= 1'b1;
                        else
                            chip_request_ok <= 1'b0;
                    end
                end
            PCH :
                begin
                    state            <= PCH;
                    chip_activate_ok <= 1'b1;
                    activate_ok      <= 1'b0;
                    precharge_ok     <= 1'b0;
                    read_ok          <= 1'b0;
                    write_ok         <= 1'b0;
                    
                    did_write        <= 1'b0;
                    
                    // we need to make sure that we will not assert activate_ok when there is a back-to-back precharge/precharge all
                    // this will cause a timing violation when pch_to_act is being set to 5
                    if (!int_do_precharge && !int_do_precharge_all)
                    begin
                        if (cnt >= pch_to_act && trc_cnt >= act_to_act)
                        begin
                            state <= IDLE;
                            //prev_state <= PCH;
                            activate_ok  <= 1'b1;
                        end
                        
                        if (cnt >= pch_to_act) // do not check for trc counter because this is used for pdn, arf, srf and lmr
                            chip_request_ok <= 1'b1;
                        else
                            chip_request_ok <= 1'b0;
                        
                        // we will need to cover cases from PCH state to ARF, PDN and SRF state
                        // because we allow state machine to do ARF, PDN SRF (chip_request_ok signal)
                        // even we are still in PCH state counting down tRC
                        if (do_refresh)
                        begin
                            state            <= ARF;
                            activate_ok      <= 1'b0;
                            precharge_ok     <= 1'b0;
                            read_ok          <= 1'b0;
                            write_ok         <= 1'b0;
                            chip_request_ok  <= 1'b0;
                            chip_activate_ok <= 1'b0;
                        end
                        else if (do_power_down)
                        begin
                            state            <= PDN;
                            activate_ok      <= 1'b0;
                            precharge_ok     <= 1'b0;
                            read_ok          <= 1'b0;
                            write_ok         <= 1'b0;
                            chip_request_ok  <= 1'b0;
                            chip_activate_ok <= 1'b0;
                        end
                        else if (do_self_rfsh)
                        begin
                            state            <= SRF;
                            activate_ok      <= 1'b0;
                            precharge_ok     <= 1'b0;
                            read_ok          <= 1'b0;
                            write_ok         <= 1'b0;
                            chip_request_ok  <= 1'b0;
                            chip_activate_ok <= 1'b0;
                        end
                    end
                end
            WRAP : // Write with auto precharge
                begin
                    state            <= WRAP;
                    chip_request_ok  <= 1'b0;
                    chip_activate_ok <= 1'b1;
                    activate_ok      <= 1'b0;
                    precharge_ok     <= 1'b0;
                    read_ok          <= 1'b0;
                    write_ok         <= 1'b0;
                    
                    did_write        <= 1'b0;
                    
                    if (cnt >= wr_ap_to_act && trc_cnt >= act_to_act)
                    begin
                        state <= IDLE;
                        //prev_state <= WRAP;
                        activate_ok  <= 1'b1;
                        precharge_ok <= 1'b1;
                        read_ok  <= 1'b0;
                        write_ok <= 1'b0;
                    end
                end
            RDAP : // Read with auto precharge
                begin
                    state            <= RDAP;
                    chip_request_ok  <= 1'b0;
                    chip_activate_ok <= 1'b1;
                    activate_ok      <= 1'b0;
                    precharge_ok     <= 1'b0;
                    read_ok          <= 1'b0;
                    write_ok         <= 1'b0;
                    
                    did_write        <= 1'b0;
                    
                    if (cnt >= rd_ap_to_act && trc_cnt >= act_to_act)
                    begin
                        state <= IDLE;
                        //prev_state <= RDAP;
                        activate_ok  <= 1'b1;
                        precharge_ok <= 1'b1;
                        read_ok  <= 1'b0;
                        write_ok <= 1'b0;
                    end
                end
            ARF :
                begin
                    state            <= ARF;
                    activate_ok      <= 1'b0;
                    precharge_ok     <= 1'b0;
                    read_ok          <= 1'b0;
                    write_ok         <= 1'b0;
                    chip_request_ok  <= 1'b0;
                    chip_activate_ok <= 1'b0;
                    
                    did_write        <= 1'b0;
                    
                    if (cnt >= arf_to_valid)
                    begin
                        state <= IDLE;
                        //prev_state <= ARF;
                        activate_ok  <= 1'b1;
                        precharge_ok <= 1'b0;
                        read_ok  <= 1'b0;
                        write_ok <= 1'b0;
                        chip_request_ok  <= 1'b1;
                        chip_activate_ok <= 1'b1;
                    end
                end
            PDN : // not optimized yet, also need to consider auto refresh transition
                begin
                    state            <= PDN;
                    activate_ok      <= 1'b0;
                    precharge_ok     <= 1'b0;
                    read_ok          <= 1'b0;
                    write_ok         <= 1'b0;
                    chip_request_ok  <= 1'b0;
                    chip_activate_ok <= 1'b0;
                    
                    did_write        <= 1'b0;
                    
                    if (!int_do_power_down) // power down exit only requires 3 clock cycles
                    begin
                        state <= IDLE;
                        //prev_state <= PDN;
                        activate_ok  <= 1'b1;
                        precharge_ok <= 1'b0;
                        read_ok  <= 1'b0;
                        write_ok <= 1'b0;
                        chip_request_ok  <= 1'b1;
                        chip_activate_ok <= 1'b1;
                    end
                end
            SRF :
                begin
                    state            <= SRF;
                    activate_ok      <= 1'b0;
                    precharge_ok     <= 1'b0;
                    read_ok          <= 1'b0;
                    write_ok         <= 1'b0;
                    chip_request_ok  <= 1'b0;
                    chip_activate_ok <= 1'b0;
                    
                    zq_cal_req       <= 1'b0;
                    
                    did_write        <= 1'b0;
                    
                    if (!int_do_self_rfsh && exit_cnt == srf_to_zq) // DDR3 specific, zq calibration request, only assert for one clock cycle
                        zq_cal_req <= 1'b1;
                    
                    if (!int_do_self_rfsh && exit_cnt > srf_to_valid) // assuming self refresh exit time is 200 clock cycles
                    begin
                        state <= IDLE;
                        //prev_state <= SRF;
                        activate_ok  <= 1'b1;
                        precharge_ok <= 1'b0;
                        read_ok  <= 1'b0;
                        write_ok <= 1'b0;
                        chip_request_ok  <= 1'b1;
                        chip_activate_ok <= 1'b1;
                    end
                end
            //LMR :
            //    begin
            //        if (int_do_lmr)
            //        begin
            //            state <= LMR;
            //            activate_ok  <= 1'b0;
            //            precharge_ok <= 1'b0;
            //            read_ok  <= 1'b0;
            //            write_ok <= 1'b0;
            //            chip_request_ok   <= 1'b0;
            //            chip_activate_ok <= 1'b0;
            //        end
            //        else
            //        begin
            //            if (cnt >= lmr_to_lmr)
            //                chip_request_ok   <= 1'b1;
            //            else
            //                chip_request_ok   <= 1'b0;
            //            
            //            if (cnt >= lmr_to_valid)
            //            begin
            //                state <= IDLE;
            //                prev_state <= LMR;
            //                activate_ok  <= 1'b1;
            //                precharge_ok <= 1'b0;
            //                read_ok  <= 1'b0;
            //                write_ok <= 1'b0;
            //                chip_request_ok   <= 1'b1;
            //                chip_activate_ok <= 1'b1;
            //            end
            //        end
            //    end
            default :
                state <= IDLE;
        endcase
    end
end

endmodule